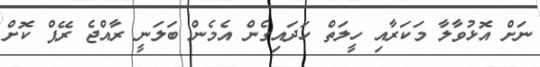
ނަށް އޮޅުވާލާ މަކަރާއި ހީލަތް ހަދައިގެން އެމެން ބަލަނީ ރާއްޖެ ރޭޕް ކޮށް